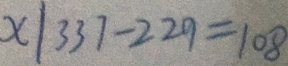
x \vert 3 3 7 - 2 2 9 = 1 0 8